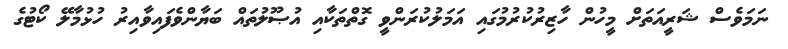
ނަމަވެސް ޝަރީއަތަށް މީހުން ހާޒިރުކުރުމުގައި އަމަލުކުރަންވީ ގޮތްތަކާއި އުޞޫލުތައް ބަޔާންވެފައިވާއިރު ހުޅުމާލޭ ކޯޓުގެ